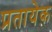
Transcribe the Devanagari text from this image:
प्रतायेक